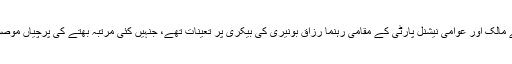
ایس ایچ او مدینہ کالونی کا کہنا ہے کہ دونوں اہلکار بیکری کے مالک اور عوامی نیشنل پارٹی کے مقامی رہنما رزاق بونیری کی بیکری پر تعینات تھے، جنہیں کئی مرتبہ بھتے کی پرچیاں موصول ہوچکی ہیں جبکہ دکان پر اس سے قبل بھی حملہ ہوچکا ہے۔